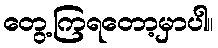
တွေ့ကြရတော့မှာပါ။